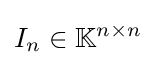
I_{n}\in \mathbb {K} ^{n\times n}